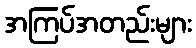
အကြပ်အတည်းများ